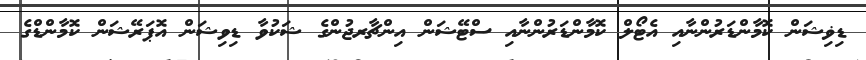
ޑިޥިޝަން ކޮމާންޑަރުންނާއި އެޓޯލް ކޮމާންޑަރުންނާއި ސްޓޭޝަން އިންޗާރޖުންގެ ޝަކުވާ ޑިވިޝަން އޮޕަރޭޝަން ކޮމާންޑްގެ